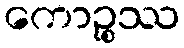
ကောဉ္စဿ